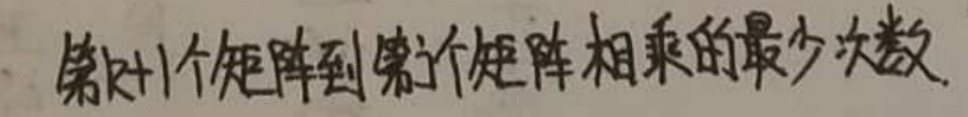
第$i + 1$个矩阵到第$j$个矩阵相乘的最少次数.